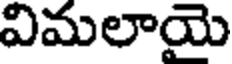
విమలాయె